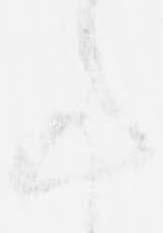
事